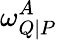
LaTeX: \omega_{Q\mid P}^{A}